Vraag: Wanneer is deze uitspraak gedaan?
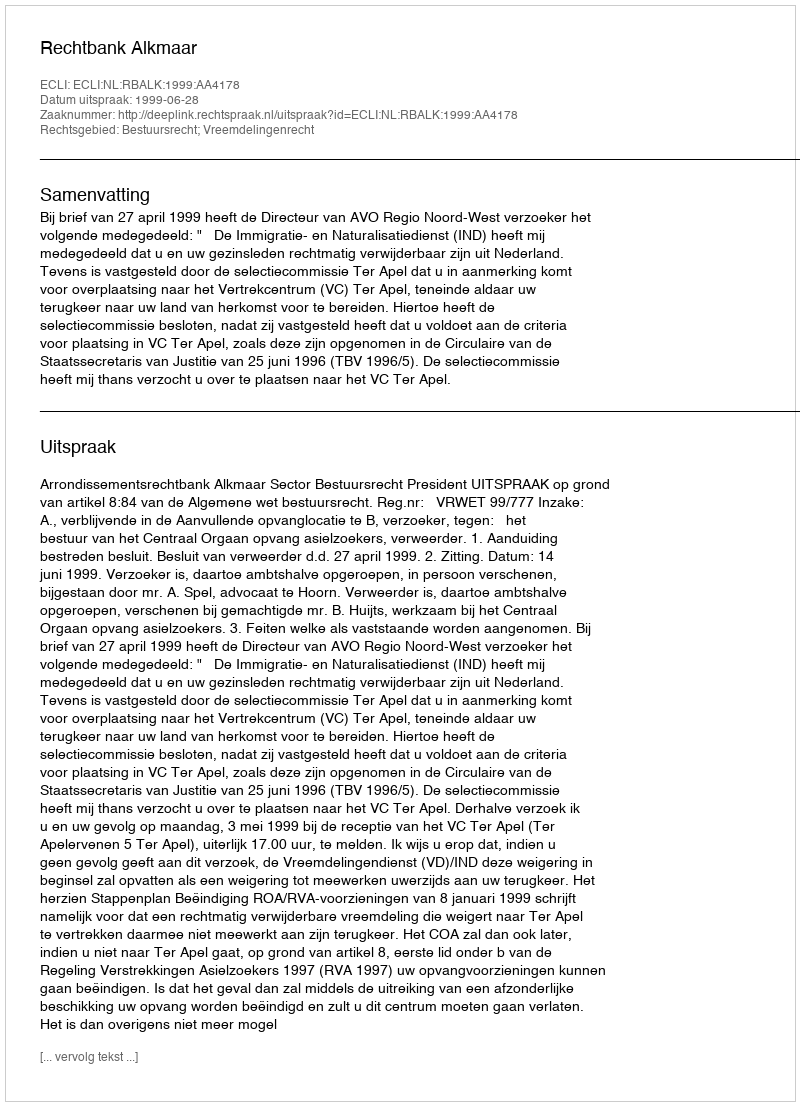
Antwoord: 1999-06-28